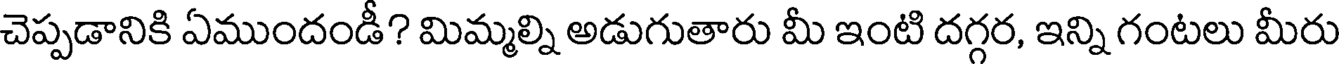
చెప్పడానికి ఏముందండీ? మిమ్మల్ని అడుగుతారు మీ ఇంటి దగ్గర, ఇన్ని గంటలు మీరు